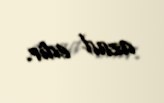
azad edir.